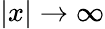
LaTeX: \left|x\right|\to\infty